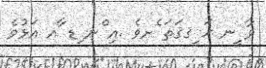
ވާ ީނ ޙަ ީޤޤަތަ ެށވެ .އި ްނ ިޑ ާއ އަޅުވެ